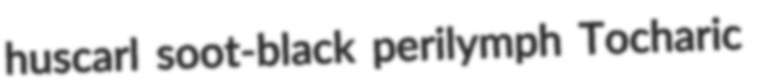
huscarl soot-black perilymph Tocharic